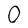
Character: 0